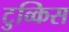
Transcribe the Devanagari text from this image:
टुव्किस